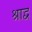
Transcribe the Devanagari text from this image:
श्राद्व